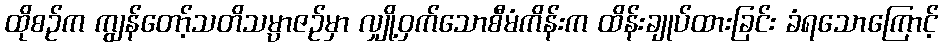
ထိုစဉ်က ကျွန်တော့်သတိသမ္ပာဇဉ်မှာ လျှို့ဝှက်သောစီမံကိန်းက ထိန်းချုပ်ထားခြင်း ခံရသောကြောင့်